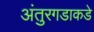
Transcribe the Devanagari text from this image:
अंतुरगडाकडे